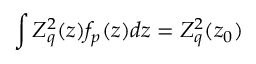
\int Z _ { q } ^ { 2 } ( z ) f _ { p } ( z ) d z = Z _ { q } ^ { 2 } ( z _ { 0 } )